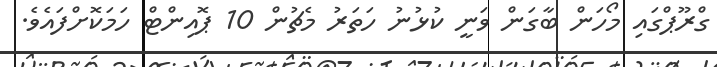
ގްރޫޕްގައި މޯހަން ބާގަން ވަނީ ކުޅުނު ހަތަރު މެޗުން 10 ޕޮއިންޓް ހަމަކޮށްފައެވެ.